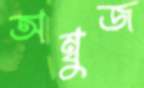
অম্বুজ